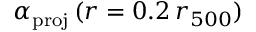
\alpha _ { \mathrm { p r o j } } \, ( r = 0 . 2 \, r _ { 5 0 0 } )